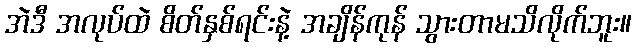
အဲဒီ အလုပ်ထဲ စိတ်နှစ်ရင်းနဲ့ အချိန်ကုန် သွားတာမသိလိုက်ဘူး။